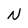
Character: N